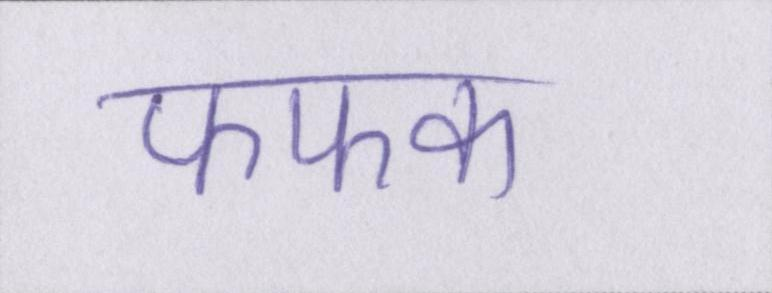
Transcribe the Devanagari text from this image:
फफक